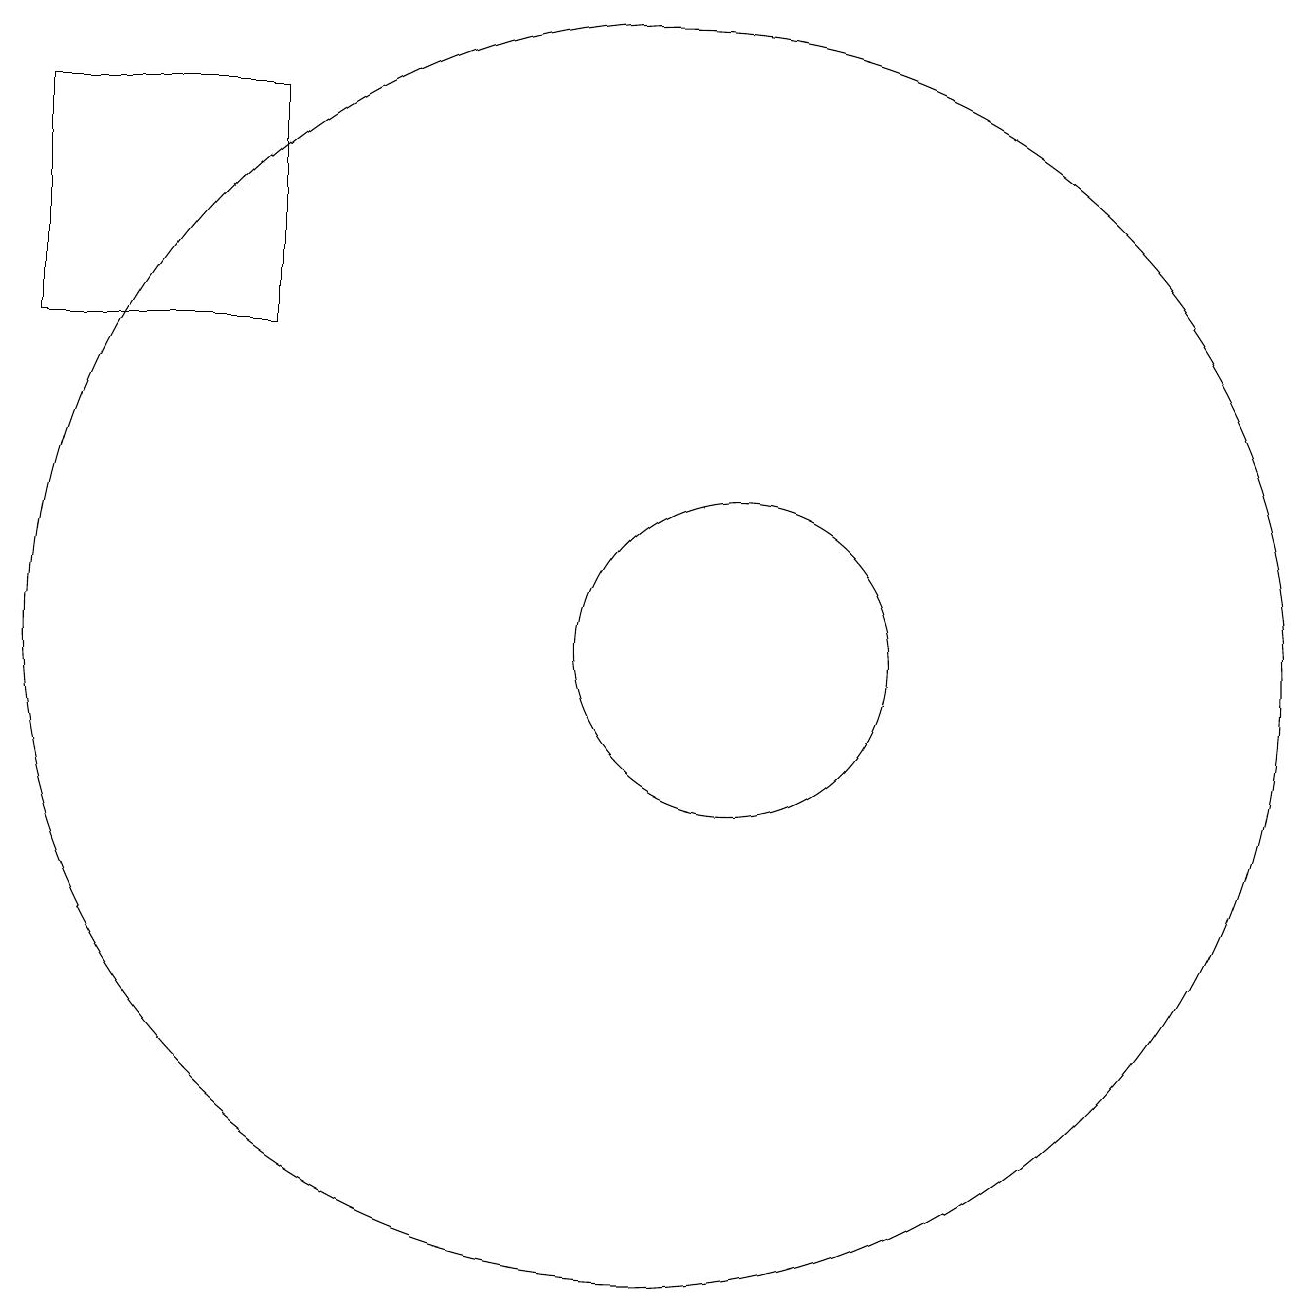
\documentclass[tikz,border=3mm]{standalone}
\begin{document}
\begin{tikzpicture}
\draw (10,11) circle (8);
\draw (11,11) circle (2);
\draw (5,15) rectangle (2,18);
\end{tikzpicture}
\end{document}